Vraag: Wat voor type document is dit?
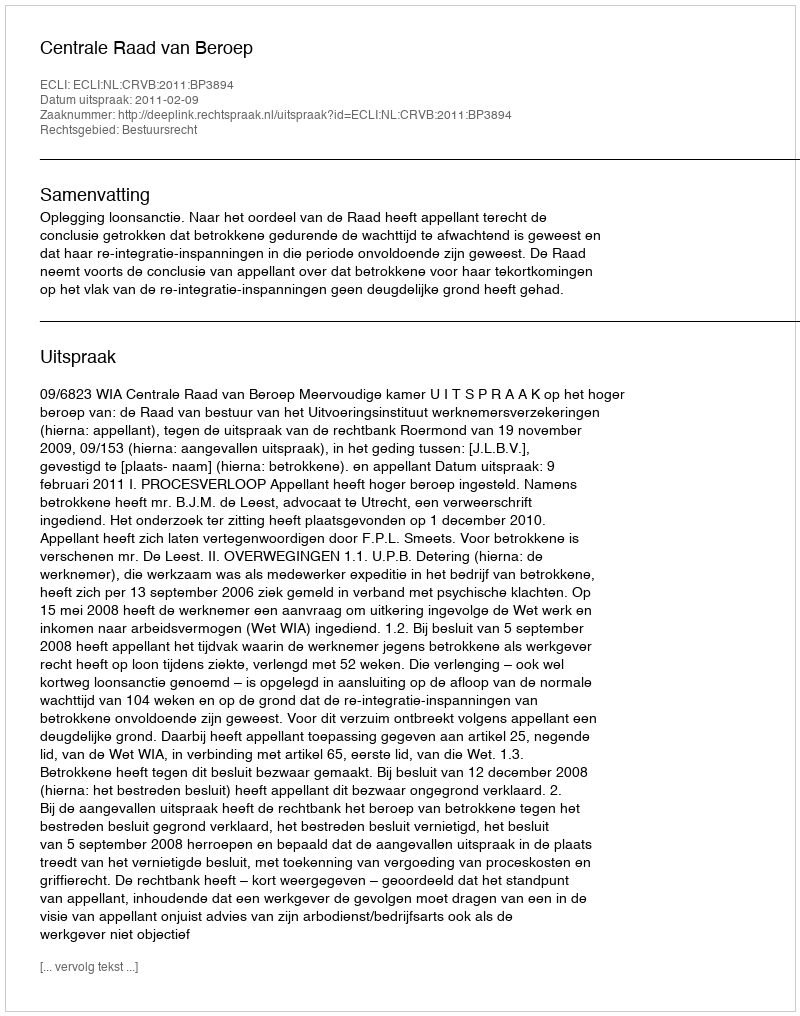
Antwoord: Uitspraak